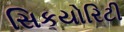
સિકયોરિટી